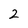
Character: 2